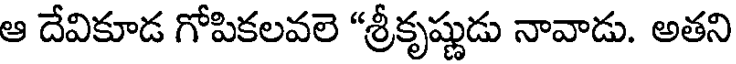
ఆ దేవికూడ గోపికలవలె "శ్రీకృష్ణుడు నావాడు. అతని